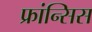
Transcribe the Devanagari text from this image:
फ्रांन्सिस